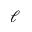
\ell